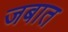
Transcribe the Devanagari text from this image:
जबात